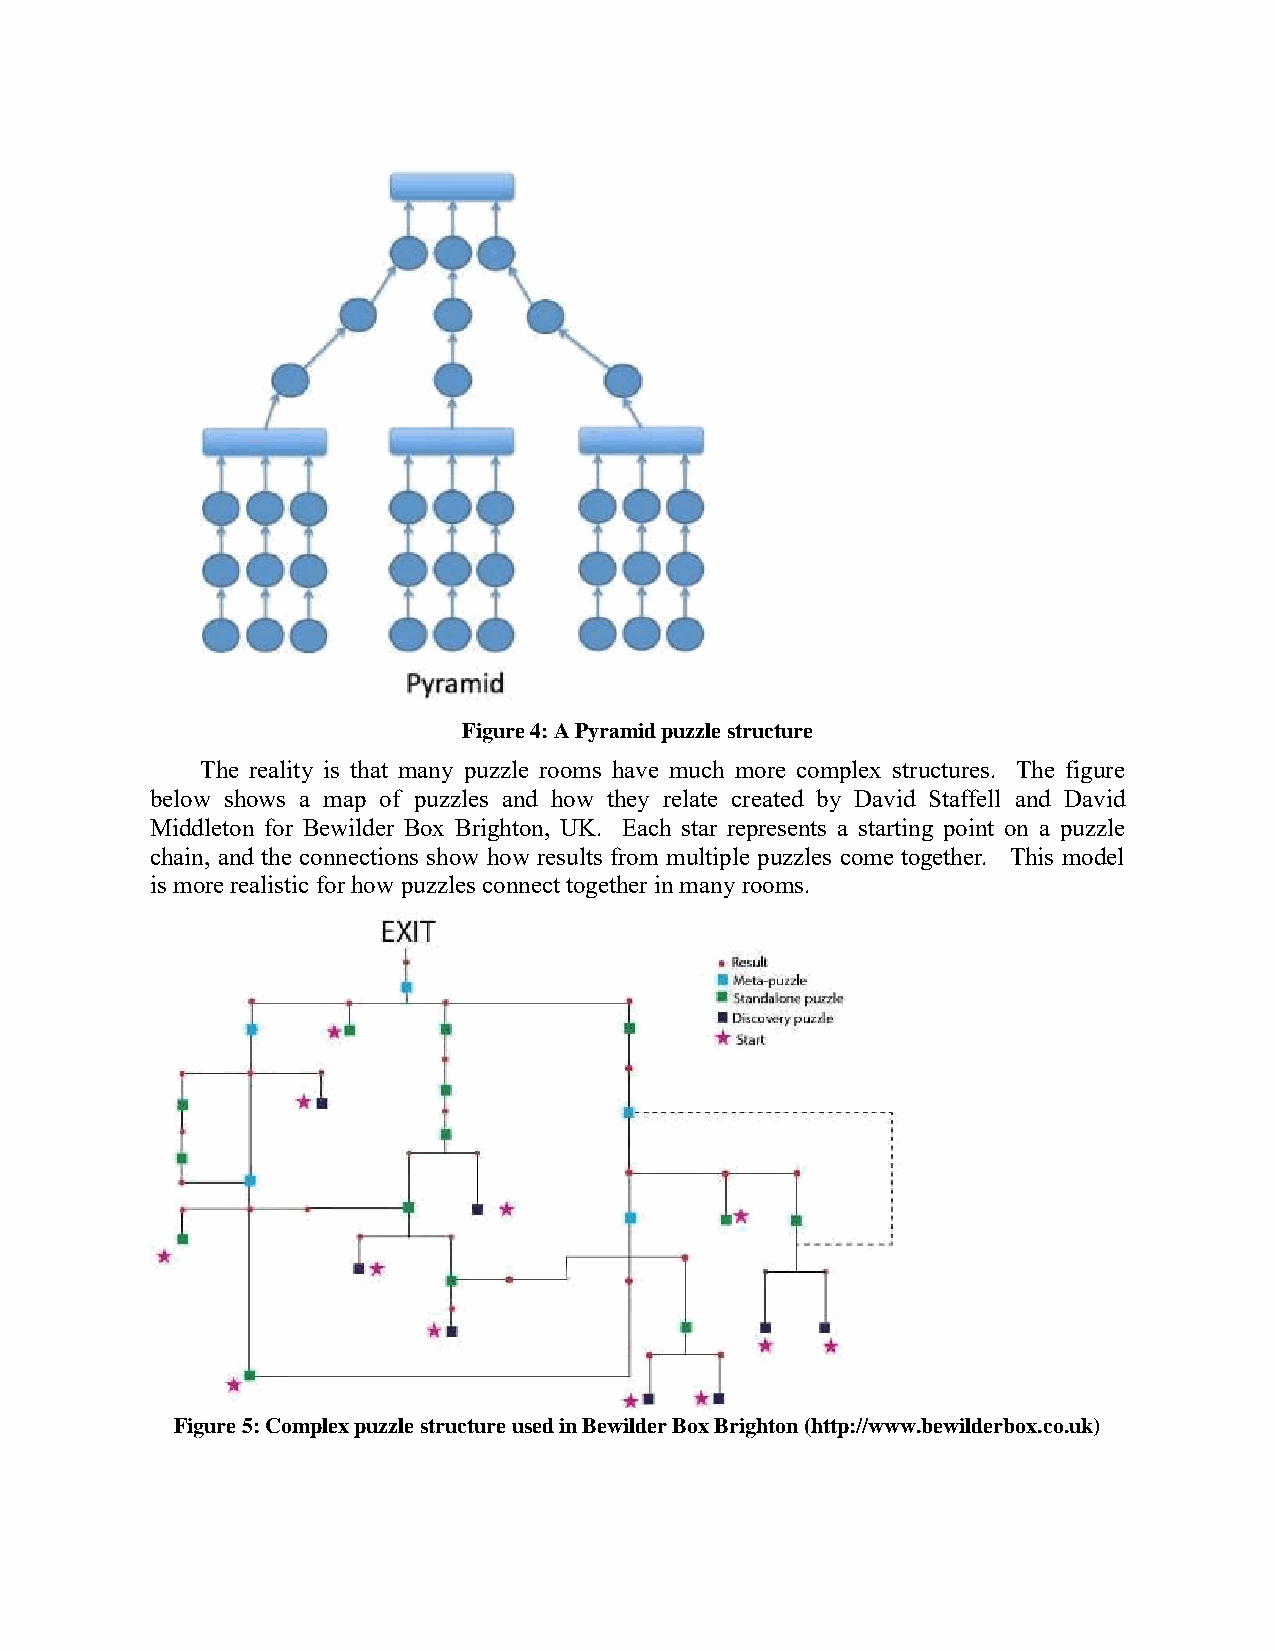
Figure 4: A Pyramid puzzle structure
 The reality is that many puzzle rooms have much more complex structures. The figure
 below shows a map of puzzles and how they relate created by David Staffell and David
 Middleton for Bewilder Box Brighton, UK. Each star represents a starting point on a puzzle
 chain, and the connections show how results from multiple puzzles come together. This model
 is more realistic for how puzzles connect together in many rooms.
 Figure 5: Complex puzzle structure used in Bewilder Box Brighton (http://www.bewilderbox.co.uk)